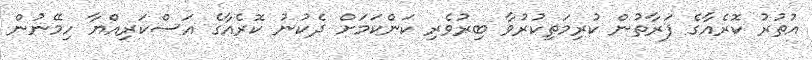
އުތުރު ކޮރެއާގެ ފަރާތުން ކުރިމަތިކުރުވާ ބިރުވެރި ކަންކަމަށް ދެކުނު ކޮރެއާގެ އަސްކަރިއްޔާ ހިމޭނުން